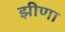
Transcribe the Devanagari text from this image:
झीणा